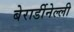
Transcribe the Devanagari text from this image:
बेरार्डीनेल्ली